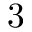
3